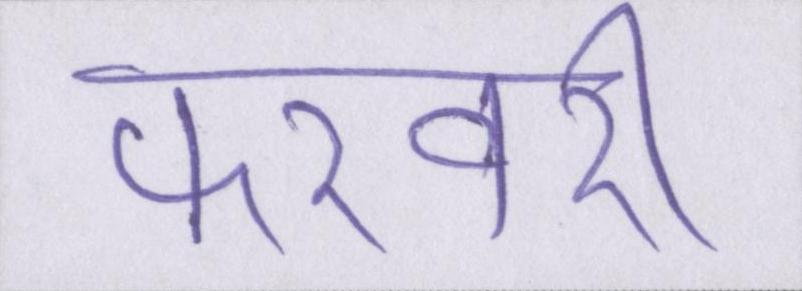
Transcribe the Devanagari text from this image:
फरवरी